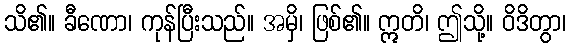
သိ၏။ ခီဏော၊ ကုန်ပြီးသည်။ အမှိ၊ ဖြစ်၏။ ဣတိ၊ ဤသို့။ ဝိဒိတွာ၊